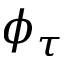
\phi _ { \tau }